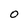
Character: 0